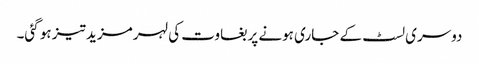
دوسری لسٹ کے جاری ہونے پر بغاوت کی لہر مزید تیز ہو گئی۔